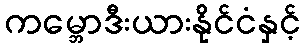
ကမ္ဘောဒီးယားနိုင်ငံနှင့်